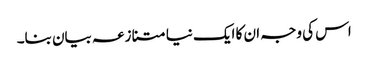
اس کی وجہ ان کا ایک نیا متنازعہ بیان بنا۔